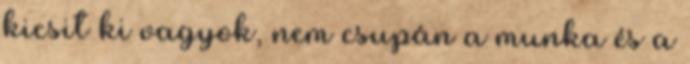
kicsit ki vagyok, nem csupán a munka és a